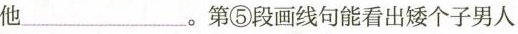
他__________。第冗段画线句能看出矮个子男人